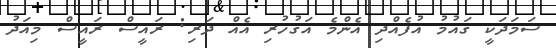
ސަމަދަކީ ގައުމު އުފެއްދި އެންމެ އަގުހުރި އެއް ދަރި: ރައީސް ރައީސް މިއަދު